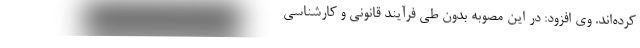
کرده‌اند. وی افزود: در این مصوبه بدون طی فرآیند قانونی و کارشناسی